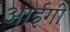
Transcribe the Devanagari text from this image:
आईगी